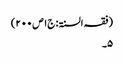
(فقہ السنۃ: ج۱ص۲۰۰)
۵۔